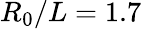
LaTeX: R_{0}/L=1.7